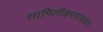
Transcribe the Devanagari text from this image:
सामिलीकरणावरून